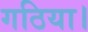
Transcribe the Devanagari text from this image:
गठिया।